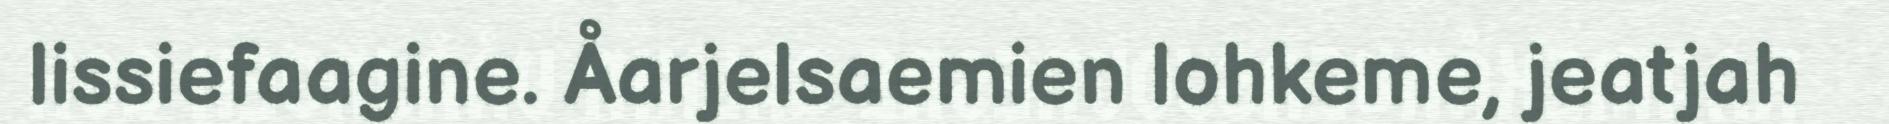
lissiefaagine. Åarjelsaemien lohkeme, jeatjah